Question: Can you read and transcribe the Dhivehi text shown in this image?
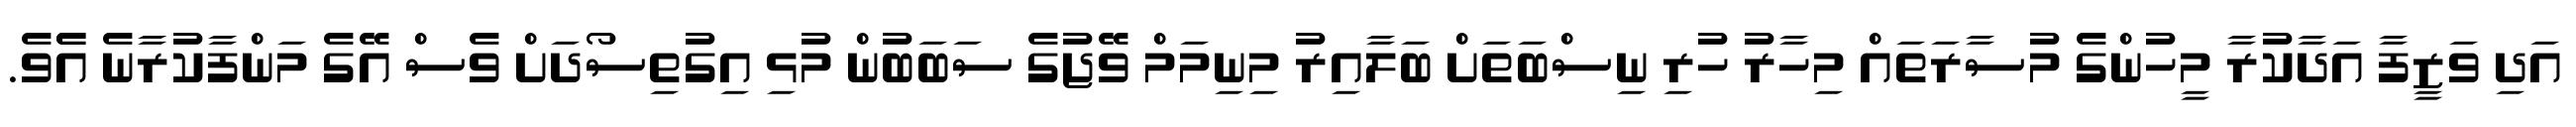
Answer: އަދި ވަޒީފާ އަދާކުރާ މީހުންގެ މުސާރަތައް މިހާރު ހުރި ނިސްބަތަށް ބަލާއިރު މިނިމަމް ވޭޖުގެ ސަބަބުން މުޅި އިގުތިސޯދަށް ވެސް އޭގެ މަންފާކުރާނެ އެެވެ.